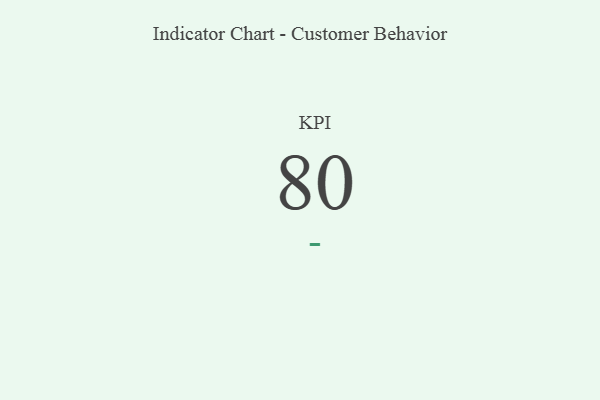
{"axis": {"x": "KPI", "y": "Value"}, "legend": [""], "data": [{"x": "KPI", "y": 80, "type": ""}]}